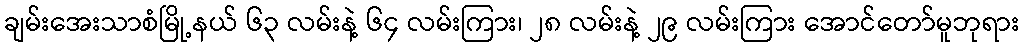
ချမ်းအေးသာစံမြို့နယ် ၆၃ လမ်းနဲ့ ၆၄ လမ်းကြား၊ ၂၈ လမ်းနဲ့ ၂၉ လမ်းကြား အောင်တော်မူဘုရား